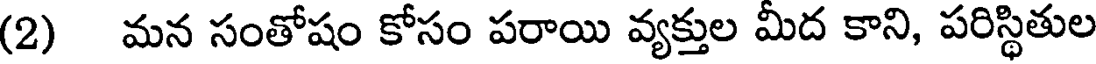
(2) మన సంతోషం కోసం పరాయి వ్యక్తుల మీద కాని, పరిస్థితుల